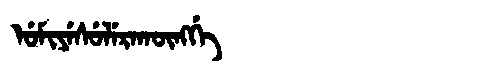
Manchu: ᡠᠮᡳᠶᡝᠰᡠᠯᡝᡵᠠᡴᡡᠩᡤᡝ
Romanization: UMIYESULERAKŪNGGE